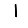
Digit: 1